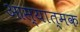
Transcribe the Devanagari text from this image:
आस्यात्मक